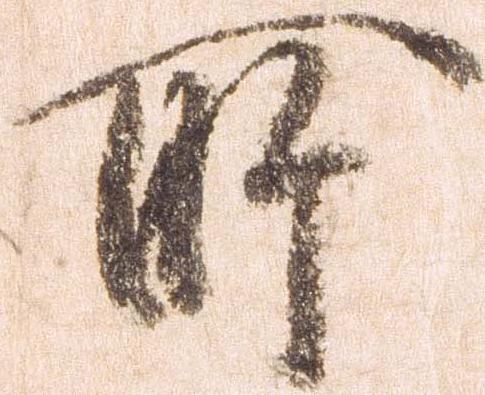
所